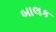
બાલક